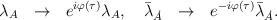
LaTeX: \begin{align*}\lambda_A~~\rightarrow~~e^{i\varphi(\tau)}\lambda_A, \quad\bar\lambda_{\dot A}~~\rightarrow~~e^{-i\varphi(\tau)}\bar\lambda_{\dot A}.\end{align*}